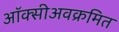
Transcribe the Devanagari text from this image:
ऑक्सीअवक्रमित